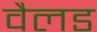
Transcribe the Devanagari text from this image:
वैलड